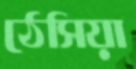
ঠেসিয়া